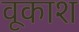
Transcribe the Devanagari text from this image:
वूकाश